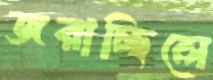
জরাচ্ছিলে